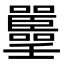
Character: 𡅚